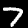
Digit: 7